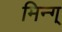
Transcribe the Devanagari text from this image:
मिन्ग्